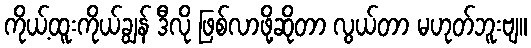
ကိုယ့်ထူးကိုယ်ချွန် ဒီလို ဖြစ်လာဖို့ဆိုတာ လွယ်တာ မဟုတ်ဘူးဗျ။